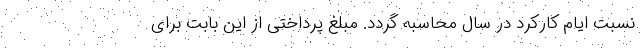
نسبت ایام کارکرد در سال محاسبه گردد. مبلغ پرداختی از این بابت برای